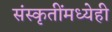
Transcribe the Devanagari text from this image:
संस्कृतींमध्येही